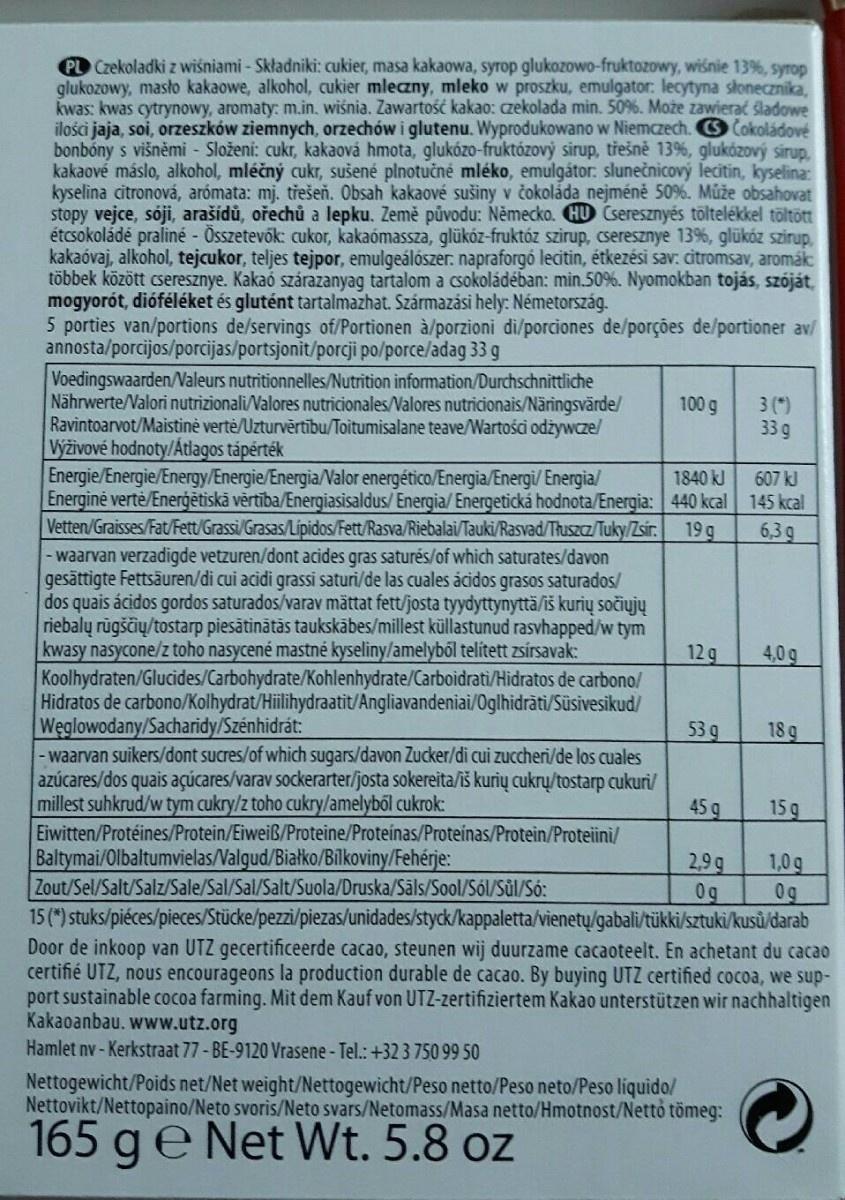
PL Czekoladki z wiśniami - Składniki: cukier, masa kakaowa, syrop glukozowo-fruktozowy, wiśnie 13%, syrop glukozowy, masło kakaowe, alkohol, cukier mleczny, mleko w proszku, emulgator: lecytyna słonecznika, kwas: kwas cytrynowy, aromaty: m.in. wiśnia. Zawartość kakao: czekolada min. 50%. Może zawierać śladowe ilości jaja, soi, orzeszków ziemnych, orzechów i glutenu. Wyprodukowano w Niemczech. C Čokoládové bonbóny s višněmi - Složení: cukr, kakaová hmota, glukózo-fruktózový sirup, třešně 13%, glukózový sirup, kakaové máslo, alkohol, mléčný cukr, sušené plnotučné mléko, emulgátor. slunečnicový lecitin, kyselina: kyselina citronová, arómata: mj. třešeň. Obsah kakaové sušiny v čokoláda nejméně 50%. Může obsahovat stopy vejce, sóji, arašídů, ořechů a lepku. Země původu: Německo. HD Cseresznyés töltelékkel töltött étcsokoládé praliné - Összetevők: cukor, kakaómassza, glükóz-fruktóz szirup, cseresznye 13%, glükóz szirup, kakaóvaj, alkohol, tejcukor, teljes tejpor, emulgeálószer. napraforgó lecitin, étkezési sav: citromsav, aromák többek között cseresznye. Kakaó szárazanyag tartalom a csokoládéban: min.50%. Nyomokban tojás, szóját, mogyorót, dióféléket és glutént tartalmazhat. Származási hely: Németország.
5 porties van/portions de/servings of/Portionen à/porzioni di/porciones de/porções de/portioner av/ annosta/porcijos/porcijas/portsjonit/porcji po/porce/adag 33 g
Voedingswaarden/Valeurs nutritionnelles/Nutrition information/Durchschnittliche Nährwerte/Valori nutrizionali/Valores nutricionales/Valores nutricionais/Näringsvärde/ Ravintoarvot/Maistinė vertė/Uzturvērtību/Toitumisalane teave/Wartości odżywcze/ Výživové hodnoty/Átlagos tápérték
1840 kJ
Energie/Energie/Energy/Energie/Energia/Valor energético/Energia/Energi/Energia/ Energinė vertė/Enerģētiskā vērtība/Energiasisaldus/Energia/Energetická hodnota/Energia: 440 kcal Vetten/Graisses/Fat/Fett/Grassi/Grasas/Lipidos/Fett/Rasva/Riebalai/Tauki/Rasvad/Thuszcz/Tuky/Zsir. 19 g - waarvan verzadigde vetzuren/dont acides gras saturés/of which saturates/davon gesättigte Fettsäuren/di cui acidi grassi saturi/de las cuales ácidos grasos saturados/ dos quais ácidos gordos saturados/varav mättat fett/josta tyydyttynyttä/iš kurių sočiųjų riebalų rūgščių/tostarp piesātinātās taukskābes/millest küllastunud rasvhapped/w tym kwasy nasycone/z toho nasycené mastné kyseliny/amelyből telített zsírsavak: Koolhydraten/Glucides/Carbohydrate/Kohlenhydrate/Carboidrati/Hidratos de carbono/
Hidratos de carbono/Kolhydrat/Hiilihydraatit/Angliavandeniai/Oglhidrāti/Süsivesikud/
Węglowodany/Sacharidy/Szénhidrát:
-waarvan suikers/dont sucres/of which sugars/davon Zucker/di cui zuccheri/de los cuales azúcares/dos quais açúcares/varav sockerarter/josta sokereita/iš kurių cukrų/tostarp cukuri/ millest suhkrud/w tym cukry/z toho cukry/amelyből cukrok:
Eiwitten/Protéines/Protein/Eiweiß/Proteine/Proteínas/Proteinas/Protein/Proteiini/
100 g
Baltymai/Olbaltumvielas/Valgud/Białko/Bílkoviny/Fehérje: Zout/Sel/Salt/Salz/Sale/Sal/Sal/Salt/Suola/Druska/Säls/Sool/Sól/Sůl/Só:
12 g
53 g
45 g
2,9g
Og
3 (*)
33 g
Nettogewicht/Poids net/Net weight/Nettogewicht/Peso netto/Peso neto/Peso líquido/ Nettovikt/Nettopaino/Neto svoris/Neto svars/Netomass/Masa netto/Hmotnost/Nettó tömeg:
165 g e Net Wt. 5.8 oz
607 kJ
145 kcal
6,3g
4,0 g
18 g
15g
1,0g
0g
15 (*) stuks/piéces/pieces/Stücke/pezzi/piezas/unidades/styck/kappaletta/vienetų/gabali/tükki/sztuki/kusů/darab Door de inkoop van UTZ gecertificeerde cacao, steunen wij duurzame cacaoteelt. En achetant du cacao certifié UTZ, nous encourageons la production durable de cacao. By buying UTZ certified cocoa, we support sustainable cocoa farming. Mit dem Kauf von UTZ-zertifiziertem Kakao unterstützen wir nachhaltigen Kakaoanbau. www.utz.org
Hamlet nv - Kerkstraat 77-BE-9120 Vrasene - Tel.: +32 3 750 99 50